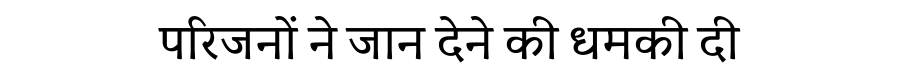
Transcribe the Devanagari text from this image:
परिजनों ने जान देने की धमकी दी